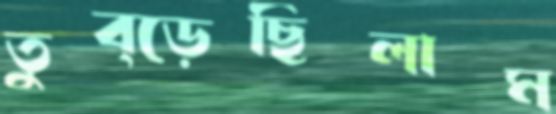
তুব্‌ড়েছিলাম